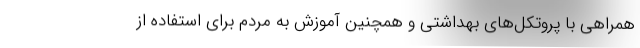
همراهی با پروتکل‌های بهداشتی و همچنین آموزش به مردم برای استفاده از